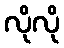
လိုလို